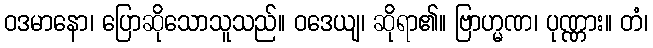
ဝဒမာနော၊ ပြောဆိုသောသူသည်။ ဝဒေယျ၊ ဆိုရာ၏။ ဗြာဟ္မဏ၊ ပုဏ္ဏား။ တံ၊